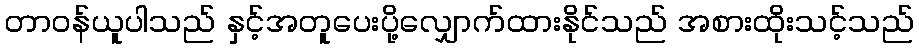
တာဝန်ယူပါသည် နှင့်အတူပေးပို့လျှောက်ထားနိုင်သည် အစားထိုးသင့်သည်